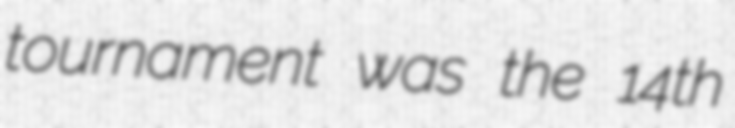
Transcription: tournament was the 14th